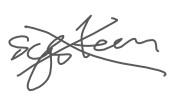
Text: system
Cross-out: cross
Writing tool: digital_gray